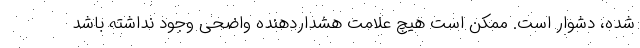
شده، دشوار است. ممکن است هیچ علامت هشداردهنده واضحی وجود نداشته باشد